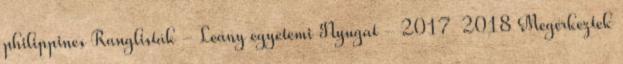
philippines Ranglisták - Leány egyetemi Nyugat - 2017 2018 Megérkeztek